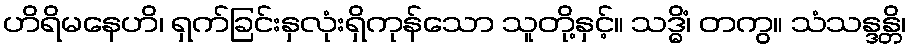
ဟိရိမနေဟိ၊ ရှက်ခြင်းနှလုံးရှိကုန်သော သူတို့နှင့်။ သဒ္ဓိံ၊ တကွ။ သံသန္ဒန္တိ၊